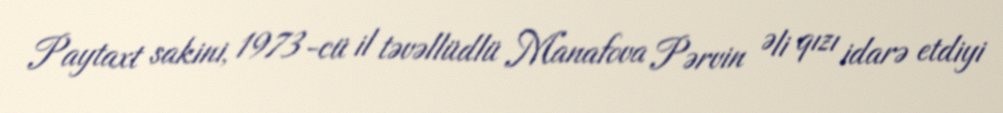
Paytaxt sakini, 1973-cü il təvəllüdlü Manafova Pərvin Əli qızı idarə etdiyi